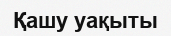
Қашу уақыты